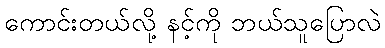
ကောင်းတယ်လို့ နင့်ကို ဘယ်သူပြောလဲ